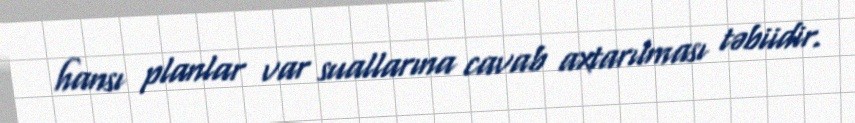
hansı planlar var suallarına cavab axtarılması təbiidir.